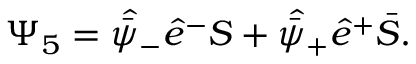
\Psi _ { 5 } = \skew 5 \hat { \bar { \psi } } _ { - } \hat { e } ^ { - } { \cal S } + \skew 5 \hat { \bar { \psi } } _ { + } \hat { e } ^ { + } \bar { \cal S } .